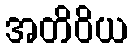
အတိဝိယ